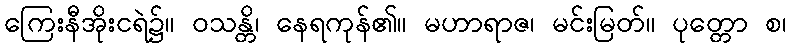
ကြေးနီအိုးငရဲ၌။ ဝသန္တိ၊ နေရကုန်၏။ မဟာရာဇ၊ မင်းမြတ်။ ပုတ္တော စ၊